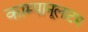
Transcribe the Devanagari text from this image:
काम्पानूलाटम